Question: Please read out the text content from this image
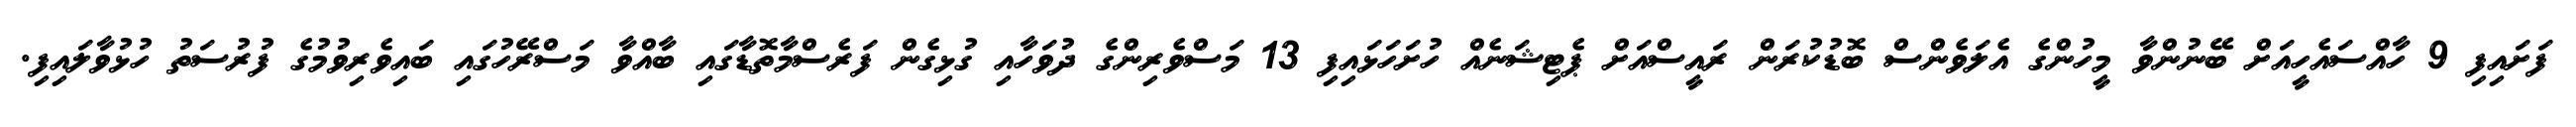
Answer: ފަށައިފި 9 ހާއްސައެހީއަށް ބޭނުންވާ މީހުންގެ އެލަވެންސް ބޮޑުކުރަން ރައީސްއަށް ޕެޓިޝަނެއް ހުށަހަޅައިފި 13 މަސްވެރިންގެ ދުވަހާއި ގުޅިގެން ފަރެސްމާތޮޑާގައި ބާއްވާ މަސްރޭހުގައި ބައިވެރިވުމުގެ ފުރުސަތު ހުޅުވާލައިފި.